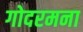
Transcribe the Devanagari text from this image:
गोदरमना